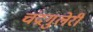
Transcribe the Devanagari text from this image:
चंद्रगुलेरी